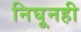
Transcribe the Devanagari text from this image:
निघूनही